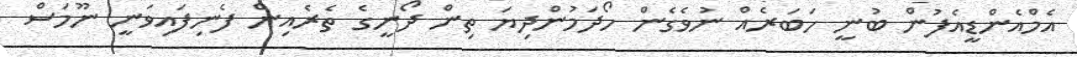
އެމްއެންޑީއެފުން ބުނީ ހަބަރެއް ނުވެގެން ހޯދަމުންދިޔަ ތިން ދޯނީގެ ތެރެއިން ފެނިފައިވަނީ ނޫމަސް